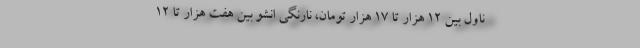
ناول بین ۱۲ هزار تا ۱۷ هزار تومان، نارنگی انشو بین هفت هزار تا ۱۲